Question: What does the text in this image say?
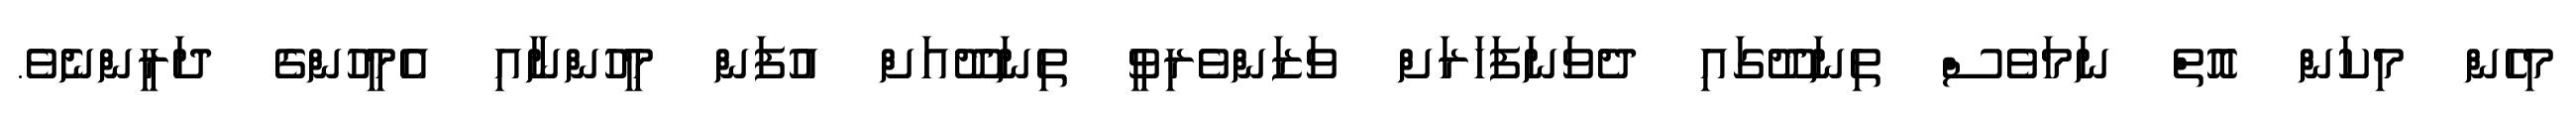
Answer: މިހެން މިކަން އޮތް ނަމަވެސް ތިނަދޫގައި ދެވަނަފަހަރަށް ވަޒަންވެރިވީ ތިނަދޫއަށް އުފަން މީހުންނާއި އެމީހުންގެ ދަރީންނެވެ.